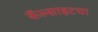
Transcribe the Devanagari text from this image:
कॅल्साइटचा